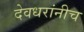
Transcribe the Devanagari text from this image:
देवधरांनीच